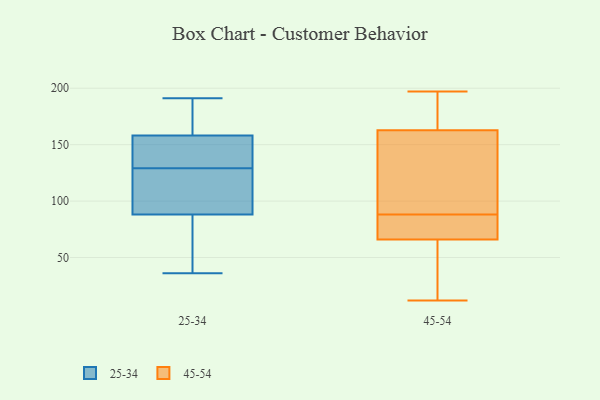
{"axis": {"x": "Humidity (%)", "y": "Value"}, "legend": ["25-34", "45-54"], "data": [{"x": "", "y": 46, "type": "25-34"}, {"x": "", "y": 82, "type": "25-34"}, {"x": "", "y": 94, "type": "25-34"}, {"x": "", "y": 191, "type": "25-34"}, {"x": "", "y": 183, "type": "25-34"}, {"x": "", "y": 148, "type": "25-34"}, {"x": "", "y": 36, "type": "25-34"}, {"x": "", "y": 132, "type": "25-34"}, {"x": "", "y": 121, "type": "25-34"}, {"x": "", "y": 170, "type": "25-34"}, {"x": "", "y": 154, "type": "25-34"}, {"x": "", "y": 90, "type": "25-34"}, {"x": "", "y": 127, "type": "25-34"}, {"x": "", "y": 145, "type": "25-34"}, {"x": "", "y": 70, "type": "25-34"}, {"x": "", "y": 172, "type": "25-34"}, {"x": "", "y": 129, "type": "25-34"}, {"x": "", "y": 66, "type": "45-54"}, {"x": "", "y": 88, "type": "45-54"}, {"x": "", "y": 174, "type": "45-54"}, {"x": "", "y": 156, "type": "45-54"}, {"x": "", "y": 197, "type": "45-54"}, {"x": "", "y": 66, "type": "45-54"}, {"x": "", "y": 41, "type": "45-54"}, {"x": "", "y": 165, "type": "45-54"}, {"x": "", "y": 12, "type": "45-54"}, {"x": "", "y": 96, "type": "45-54"}, {"x": "", "y": 39, "type": "45-54"}, {"x": "", "y": 52, "type": "45-54"}, {"x": "", "y": 73, "type": "45-54"}, {"x": "", "y": 66, "type": "45-54"}, {"x": "", "y": 147, "type": "45-54"}, {"x": "", "y": 89, "type": "45-54"}, {"x": "", "y": 77, "type": "45-54"}, {"x": "", "y": 178, "type": "45-54"}, {"x": "", "y": 196, "type": "45-54"}]}